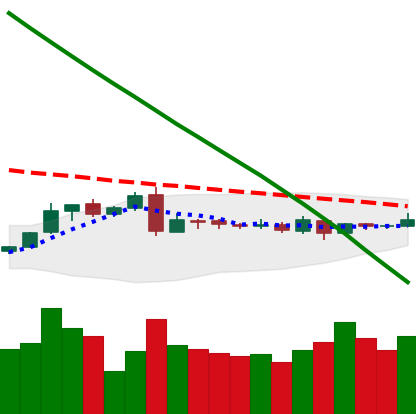
Ticker: XLM-USD
Chart end date: 2019-03-08
Forward return: 24.016%
Label: up_7plus